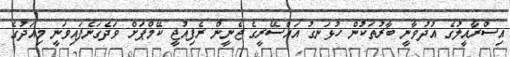
އިސްރާއީލުގެ އުދުވާނީ ބާރުތަކުން ހުޅަނގު އައްސޭރީގެ ޖެނީން ރެފިއުޖީ ކޭމްޕަށް ވަދެގަނެފައިވަނީ މިއަދުގެ